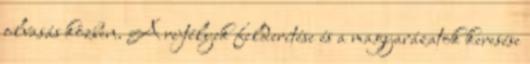
olvasás közben. A rejtélyek felderítése és a magyarázatok keresése